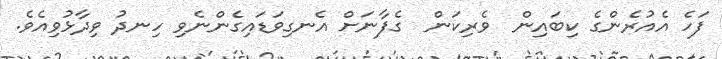
ފަހެ އެއުރެންގެ ކިބައިން  ވެރިކަން  ގެފާނަށް އެނގިވަޑައިގެންނެވި ހިނދު ވިދާޅުވިއެވެ.